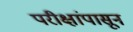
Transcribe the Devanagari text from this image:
परीक्षांपासून